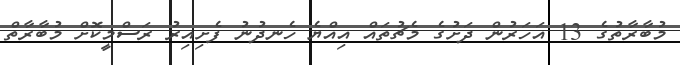
މުބާރާތުގެ 13 އަހަރުން ދަށުގެ މެޗުތައް އިއްޔެ ހެނދުނު ފެށިއިރު ރަސްމީކޮށް މުބާރާތް